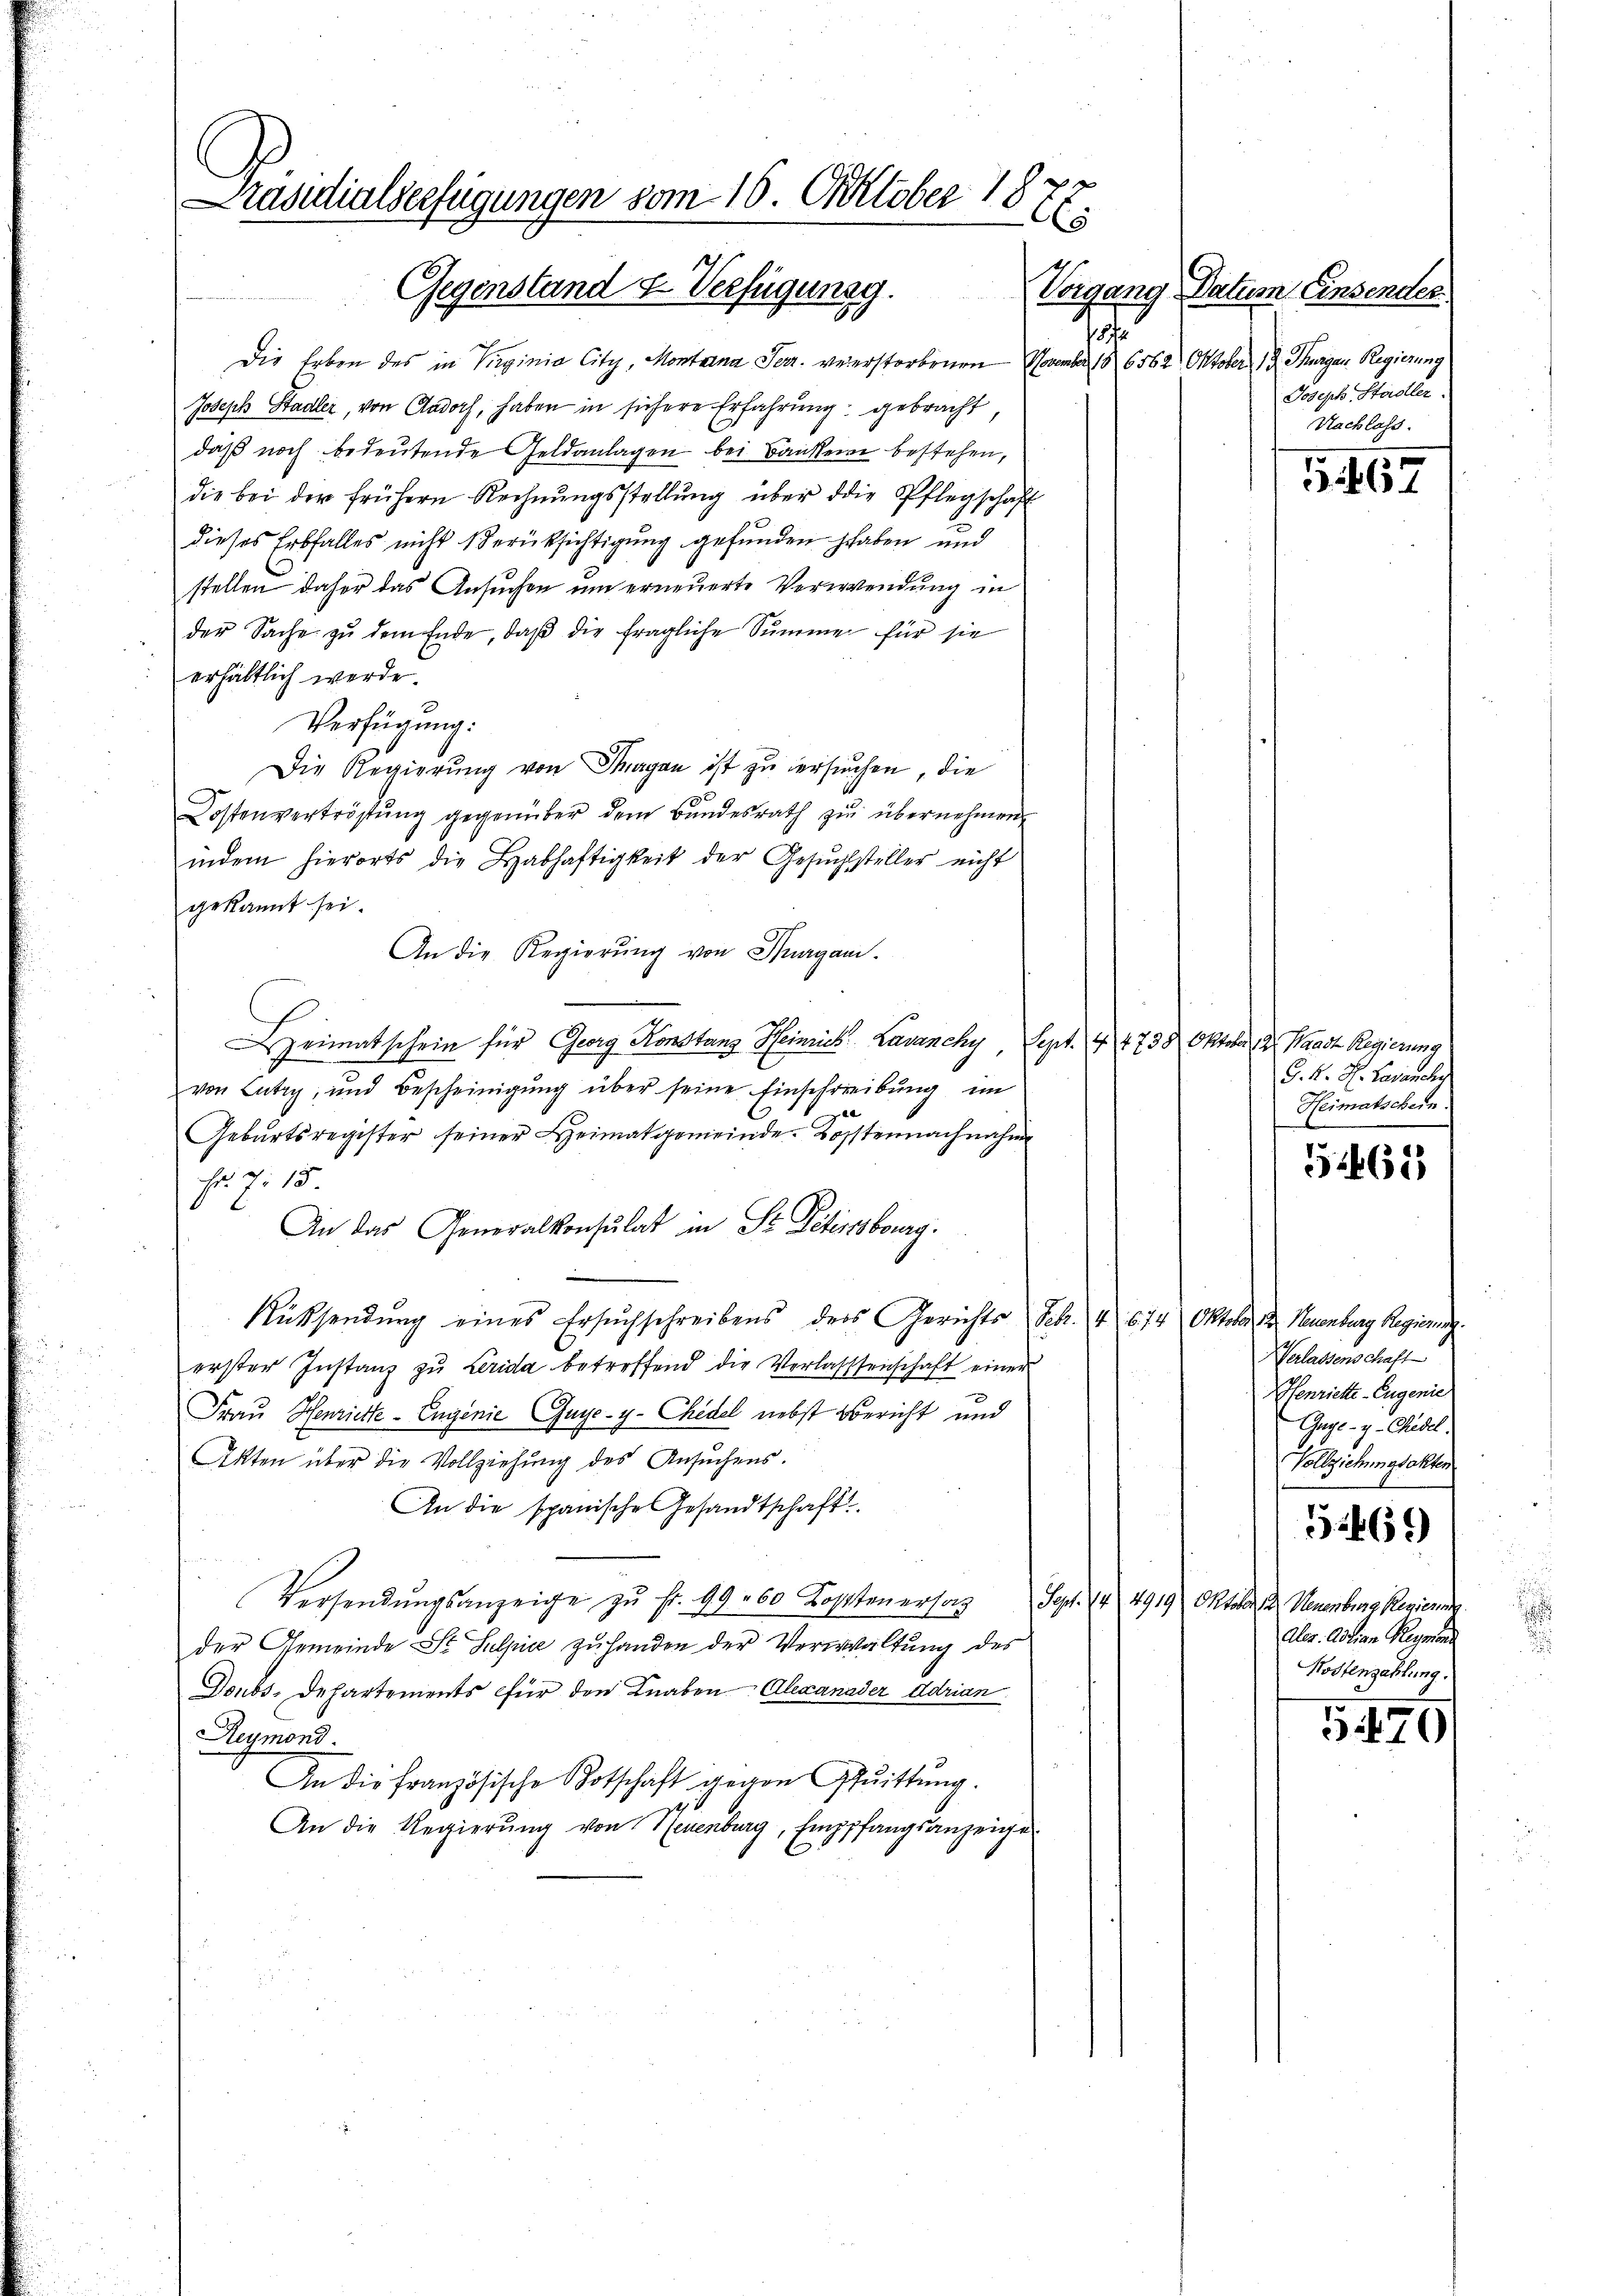
Präsidialverfügungen vom 16. Oktober 18
s
Gegenstand u. Verfügung.

Die Erben des in Virginia City, Montana Ferr. vererstorbenen November 186562. Oktober 12 Thurgau Regierung
Joseph Stadler, von Aadorf, haben in sichere Erfahrung gebracht,
daß noch bedeutende Geldanlagen bei Banken bestehen,
die bei der frühern Rechnŭngsstellŭng über die Pflegschaft
dieses Erbfalles nicht Berücksichtigung gefunden haben und
stellen daher das Ansuchen um erneuerte Verwendung in
der Sache zŭ dem Ende, daβ die fragliche Summe für sie
erhältlich werde.
Verfügung:
Die Regierung von Tagen ist zu versuchen, die
Kostenvertröstung gegenüber dem Bundesrath zu übernehmen,
indem hierorts die Labhaftigkeit der Gesŭchsteller nicht
gekannt sei.
An die Regierung von Thurgau¬
Heimatschein für Georg Konstanz Heinrich Lavancky, Sept. 4 4738 Oktober 2. Waadt Regierung
von Lutry, und Bescheinigung über seine Einschreibung im
Gebŭrtsregister seiner Heimatgemeinde Kostennachnahm
Fr. 7. 15.
An das Generalkonsulat in St. Petersburg.
Rücksendung eines Ersuchschreibens ders Gerichts Sch. 1. 674. Oktober dr. Neuenburg Regierung.
erster Instanz zŭ Lerida betreffend die Verlasssenschaft einer
Frau Henriette - Engenie Gaye-y. Chedel nebst Bericht und
Akten über die Vollziehung des Ansuchens.
An die spanische Gesandtschaft
Versendŭngsanzeige zŭ fr. 99. 60 Kostenersa
der Gemeinde St. Selpice zŭ handen der Verwaltŭng des
Doubs-Departements für den Knaben Alexanader Adrian
Reymond.
An die französische Kotschaft gegen Gfŭittŭng.
An die Regierŭng von Neuenburg, Emppfangsanzeige

Vorgang Datum Einsender
187
Joseph Stadler.
Nachlass.

1. 467

G. K. H. Lavanchy
Heimatschein.

1462

Verlassenschaft
HHenriette-Eugenie
Guge- y-Chedel
Vollziehungsakter

Sept. 14. 4919 Oktober das Menarbene Regierun
Aler. Adrian Reymon
Kostenzahlung.

32469

579